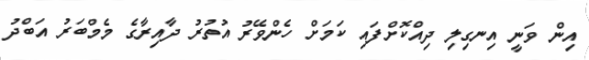
އިން ވަނީ އިނގިލި ދިއްކޮށްފައި ކަމަށް ހެންވޭރު އުތުރު ދާއިރާގެ މެމްބަރު އަބްދު